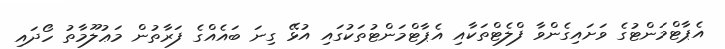
އެޕާޓްމަންޓުގެ ވަށައިގެންވާ ފްލެޓްތަކާއި އެޕާޓްމަންޓުތަކުގައި އުޅޭ ގިނަ ބައެއްގެ ފަރާތުން މަޢުލޫމާތު ހޯދައި